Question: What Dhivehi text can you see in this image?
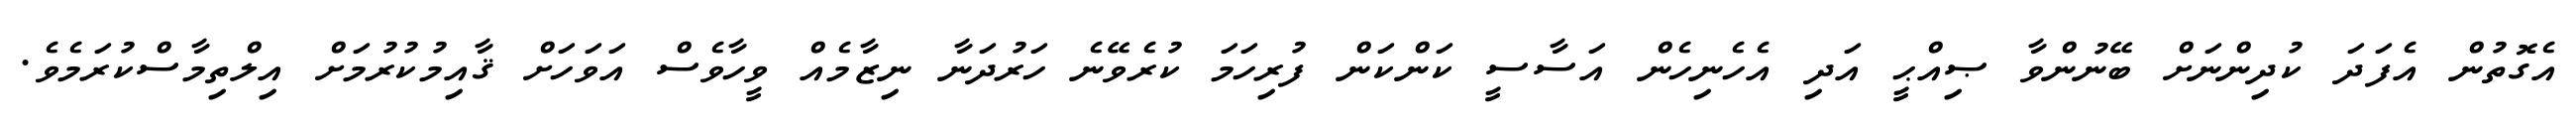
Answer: އެގޮތުން އެފަދަ ކުދިންނަށް ބޭނުންވާ ޞިއްޙީ އަދި އެހެނިހެން އަސާސީ ކަންކަން ފުރިހަމަ ކުރެވޭނެ ހަރުދަނާ ނިޒާމެއް ވީހާވެސް އަވަހަށް ޤާއިމުކުރުމަށް އިލްތިމާސްކުރަމެވެ.